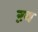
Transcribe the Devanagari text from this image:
ऱव